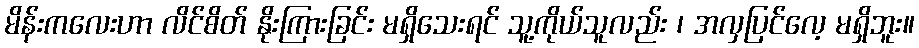
မိန်းကလေးဟာ လိင်စိတ် နိုးကြားခြင်း မရှိသေးရင် သူ့ကိုယ်သူလည်း ၊ အလှပြင်လေ့ မရှိဘူး။